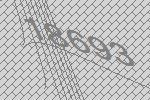
18693